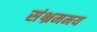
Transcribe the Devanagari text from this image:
संभ्रममय